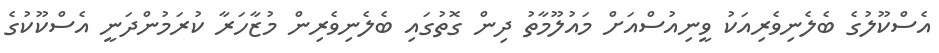
އެސްކޫލުގެ ބެލެނިވެރިއަކު ވީނިއުސްއަށް މައުލޫމާތު ދިން ގޮތުގައި ބެލެނިވެރިން މުޒާހަރާ ކުރަމުންދަނީ އެސްކޫކުގެ